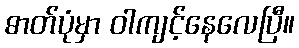
ဓာတ်ပုံမှာ ဝါကျင့်နေလေပြီ။